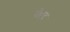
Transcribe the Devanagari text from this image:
रौएट